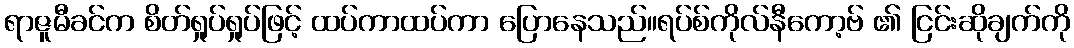
ရာဇူမီခင်က စိတ်ရှုပ်ရှုပ်ဖြင့် ထပ်ကာထပ်ကာ ပြောနေသည်။ရပ်စ်ကိုလ်နီကော့ဗ် ၏ ငြင်းဆိုချက်ကို